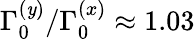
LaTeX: \Gamma_{0}^{(\mathit{y})}/\Gamma_{0}^{(x)}\approx1.03